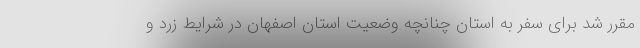
مقرر شد برای سفر به استان چنانچه وضعیت استان اصفهان در شرایط زرد و